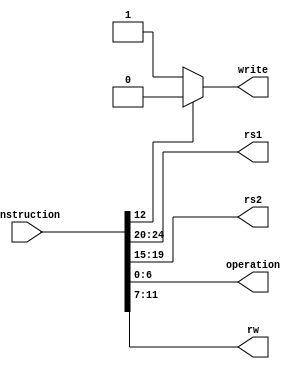
/*
----------------------------------------------------------------
                         RISC-V Core
                   [ INSTRUCTION DECODER ]
----------------------------------------------------------------

- In this implementation of instruction decoder which takes an 32-bit
  instruction as input.
- It decodes 32 bit instruction into opcode, source registers and destination register

      -------------------------------------------------
      | opcode |   rd   | func3 |  rs1  |  rs2  | func7 |
      -------------------------------------------------
      0       6|7     11|12   14|15   19|20   24|25   31|

 - Here func3 indicated type of instruction (R-Type, Load/Store. Immediate, etc.)
 - Func7 is  used in immediate instructions.

*/

module decode(
    input [31:0] instruction,
    output reg [4:0] rs1,
    output reg [4:0] rs2,
    output reg [6:0] operation,
    output reg write,
    output reg [4:0] rw
);

    reg type; // temp
    always @(instruction)
      begin
        operation = instruction[6:0]; // opcode
        rs1 = instruction[24:20]; // source register 1
        rs2 = instruction[19:15]; // source register 2
        rw = instruction[11:7];   // destination register
        type = instruction[14:12]; // Type of Instruction

        write = (type == 3'b000) ? 1'b1 : 1'b0; // R-Type Instruction
      end

endmodule